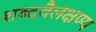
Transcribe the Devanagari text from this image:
शब्दवैलक्षण्य